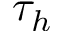
\tau _ { h }